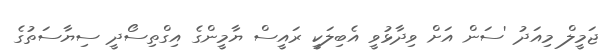
ޖަމީލް މިއަދު 'ސަން އަށް ވިދާޅުވީ އެބިލަކީ ރައީސް ޔާމީންގެ އިގްތިސޯދީ ސިޔާސަތުގެ